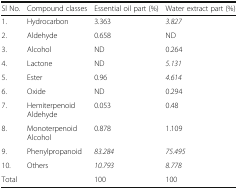
| Sl No. | Compound classes | Essential oil part (%) | Water extract part (%) |
 | --- | --- | --- | --- |
 | 1. | Hydrocarbon | 3.363 | 3.827 |
 | 2. | Aldehyde | 0.658 | ND |
 | 3. | Alcohol | ND | 0.264 |
 | 4. | Lactone | ND | 5.131 |
 | 5. | Ester | 0.96 | 4.614 |
 | 6. | Oxide | ND | 0.294 |
 | 7. | Hemiterpenoid Aldehyde | 0.053 | 0.48 |
 | 8. | Monoterpenoid Alcohol | 0.878 | 1.109 |
 | 9. | Phenylpropanoid | 83.284 | 75.495 |
 | 10. | Others | 10.793 | 8.778 |
 | <COLSPAN=2> Total | 100 | 100 |